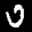
Label: 0